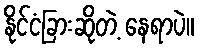
နိုင်ငံခြားဆိုတဲ့ နေရာပဲ။